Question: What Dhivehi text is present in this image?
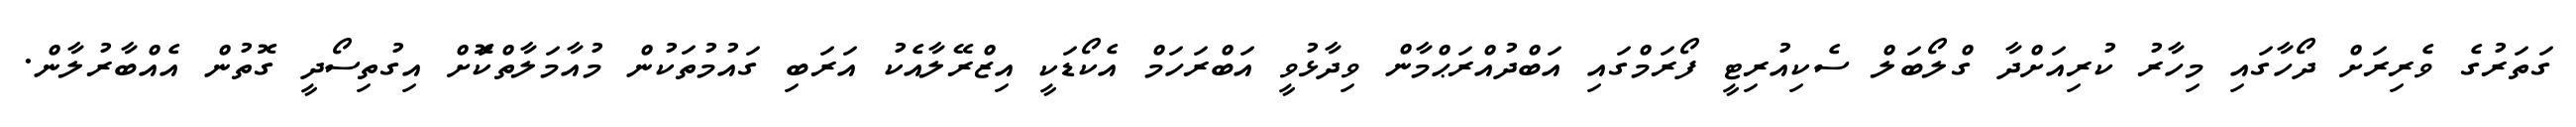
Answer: ގަތަރުގެ ވެރިރަށް ދޯހާގައި މިހާރު ކުރިއަށްދާ ގްލޯބަލް ސެކިއުރިޓީ ފޯރަމްގައި އަބްދުއްރަޙްމާން ވިދާޅުވީ އަބްރަހަމް އެކޯޑަކީ އިޒްރޭލާއެކު އަރަބި ގައުމުތަކުން މުއާމަލާތްކަޮށް އިގުތިސޯދީ ގޮތުން އެއްބާރުލާން.